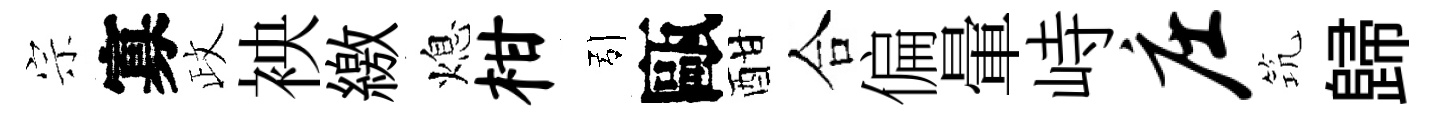
宗寡政䘧繳熄柑引甌酣合偏暈峙庄𥬑歸